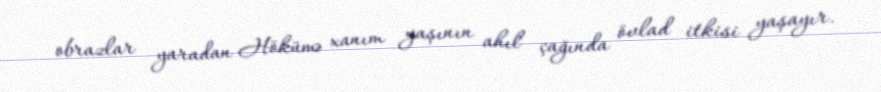
obrazlar yaradan Hökümə xanım yaşının ahıl çağında övlad itkisi yaşayır.